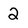
Character: 2